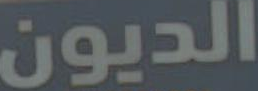
الديون